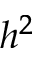
h ^ { 2 }